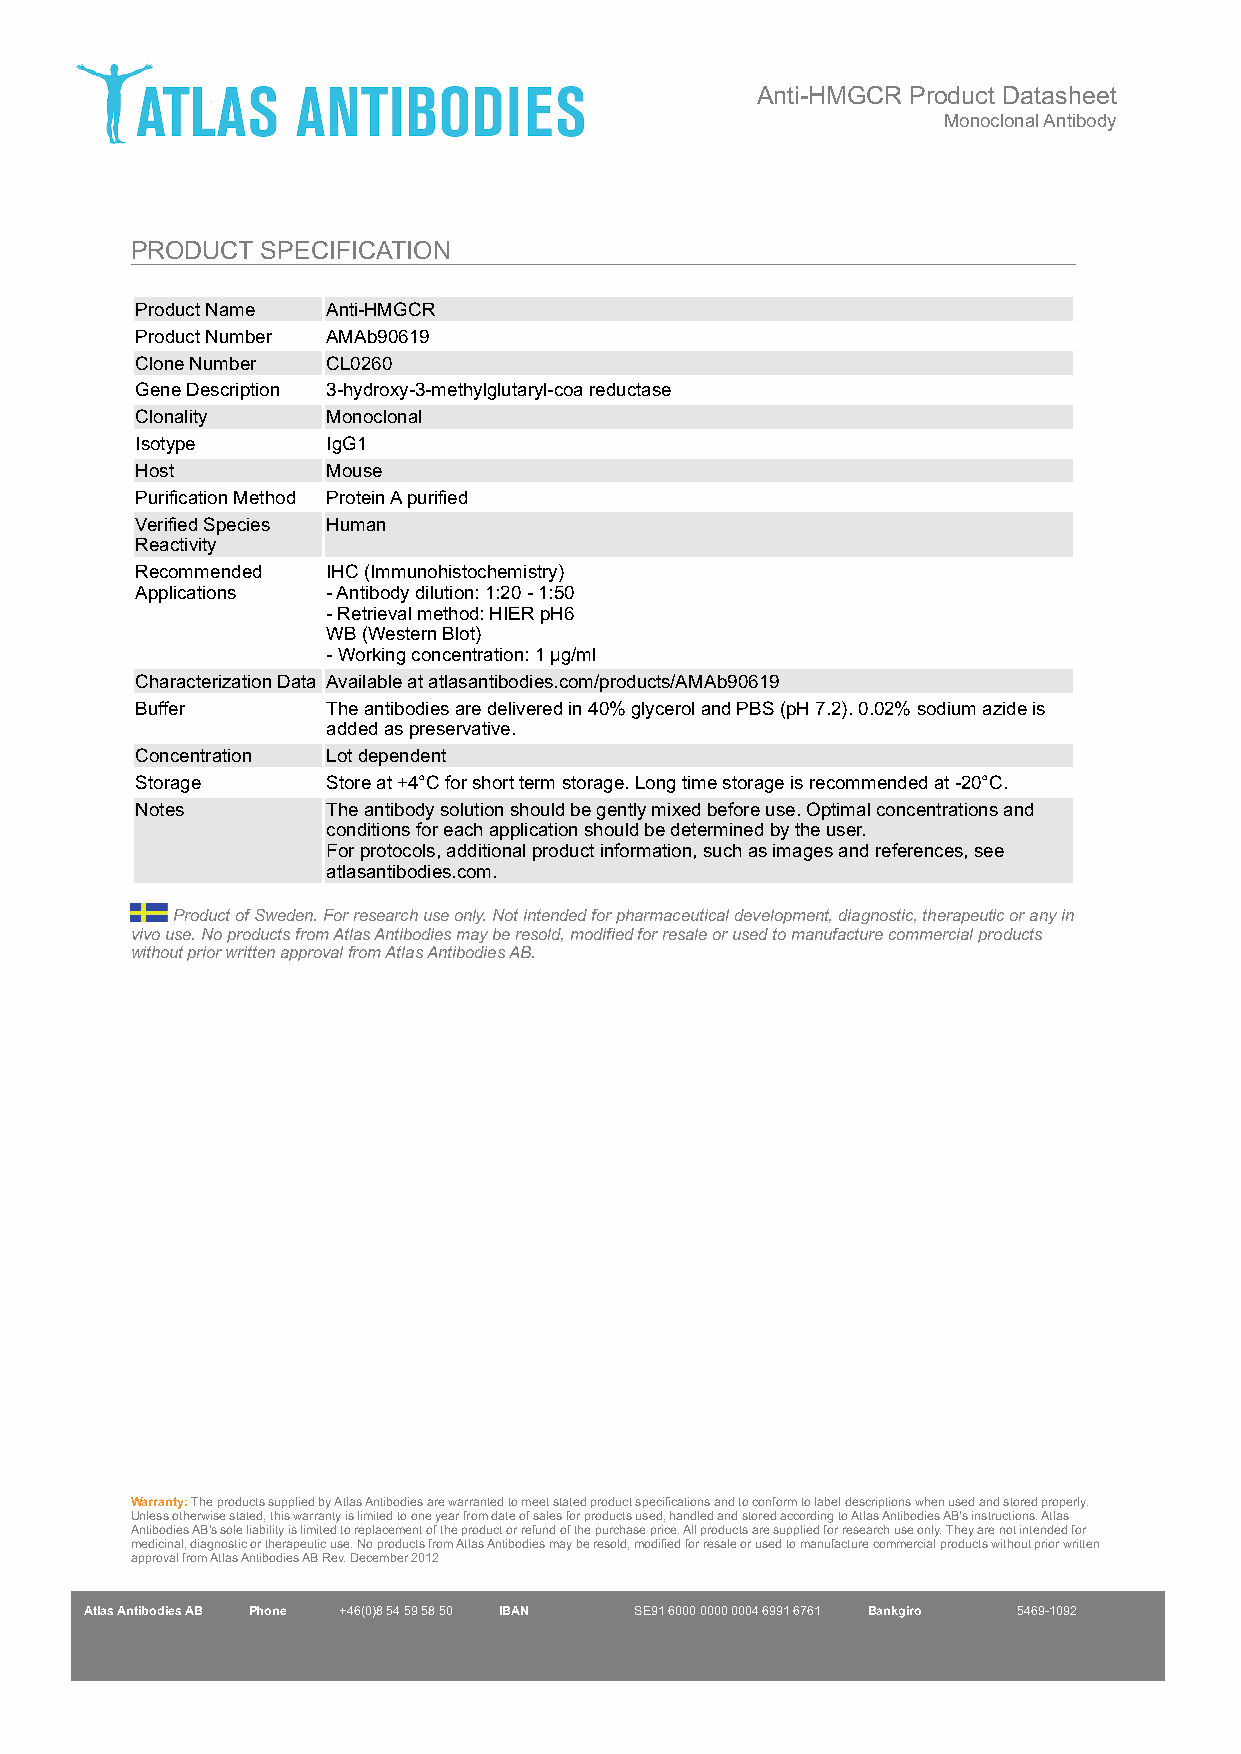
Anti-HMGCR Product Datasheet
 Monoclonal Antibody
 PRODUCT SPECIFICATION
 Product Name Anti-HMGCR
 Product Number AMAb90619
 Clone Number CL0260
 Gene Description 3-hydroxy-3-methylglutaryl-coa reductase
 Clonality    Monoclonal
 Isotype      IgG1
 Host         Mouse
 Purification Method Protein A purified
 Verified Species Human
 Reactivity
 Recommended  IHC (Immunohistochemistry)
 Applications - Antibody dilution: 1:20 - 1:50
 - Retrieval method: HIER pH6
 WB (Western Blot)
 - Working concentration: 1 µg/ml
 Characterization Data Available at atlasantibodies.com/products/AMAb90619
 Buffer       The antibodies are delivered in 40% glycerol and PBS (pH 7.2). 0.02% sodium azide is
 added as preservative.
 Concentration Lot dependent
 Storage      Store at +4°C for short term storage. Long time storage is recommended at -20°C.
 Notes        The antibody solution should be gently mixed before use. Optimal concentrations and
 conditions for each application should be determined by the user.
 For protocols, additional product information, such as images and references, see
 atlasantibodies.com.
 Product of Sweden. For research use only. Not intended for pharmaceutical development, diagnostic, therapeutic or any in
 vivo use. No products from Atlas Antibodies may be resold, modified for resale or used to manufacture commercial products
 without prior written approval from Atlas Antibodies AB.
 Warranty: The products supplied by Atlas Antibodies are warranted to meet stated product specifications and to conform to label descriptions when used and stored properly.
 Unless otherwise stated, this warranty is limited to one year from date of sales for products used, handled and stored according to Atlas Antibodies AB's instructions. Atlas
 Antibodies AB's sole liability is limited to replacement of the product or refund of the purchase price. All products are supplied for research use only. They are not intended for
 medicinal, diagnostic or therapeutic use. No products from Atlas Antibodies may be resold, modified for resale or used to manufacture commercial products without prior written
 approval from Atlas Antibodies AB Rev. December 2012
 Atlas Antibodies AB Phone +46(0)8 54 59 58 50 IBAN SE91 6000 0000 0004 6991 6761 Bankgiro 5469-1092